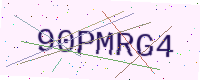
Text: 90PMRG4